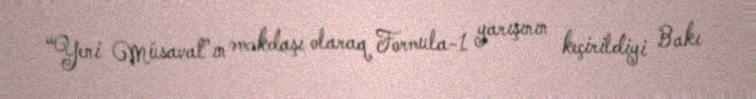
“Yeni Müsavat”ın əməkdaşı olaraq Formula-1 yarışının keçirildiyi Bakı